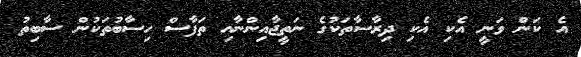
އެ ކަން ވަނީ އެކި އެކި ދިރާސާތަކުގެ ނަތީޖާއިންނާއި ތަފާސް ހިސާބުތަކުން ސާބިތު